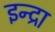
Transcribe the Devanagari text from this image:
इन्द्रा